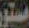
مستور